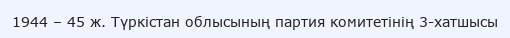
1944 – 45 ж. Түркістан облысының партия комитетінің 3-хатшысы